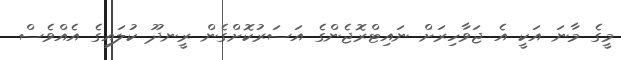
މީގެ މާނަ އަކީ އެ ޖަވާހިރަށް ނައިޓްރޮޖެންގެ އަސަރުކޮށްގެން ރީނދޫ ކުލައިގެ އެއްވެސް